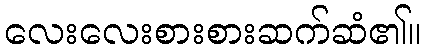
လေးလေးစားစားဆက်ဆံ၏။